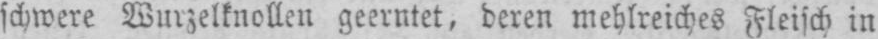
schwere Wurzelknollen geerntet, deren mehlreiches Fleisch in